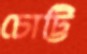
চোট্টি